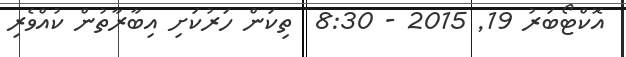
އޮކްޓޯބަރު 19